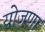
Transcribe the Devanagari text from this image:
योजणा